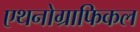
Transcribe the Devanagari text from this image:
एथनोग्राफिकल